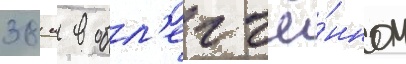
38 м в обл'егчё́нном